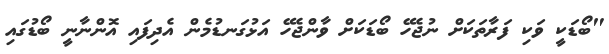
"ބޯޑަކީ ވަކި ފަރާތަކަށް ނުޖެހޭ ބޯޑަކަށް ވާންޖެހޭ އަޅުގަނޑުމެން އެދިފައި އޮންނާނީ ބޯޑުގައި